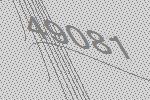
49081